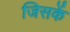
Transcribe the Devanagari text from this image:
जिसकें